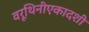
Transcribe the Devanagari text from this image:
वरूथिनीएकादशी